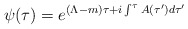
\begin{align*}\psi(\tau)=e^{(\Lambda-m)\tau+i\int^\tau A(\tau^\prime)d\tau^\prime}\end{align*}